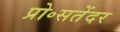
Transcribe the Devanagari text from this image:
प्रो॰सतेंदर